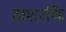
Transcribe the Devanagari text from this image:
दाशरथिः